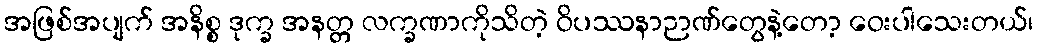
အဖြစ်အပျက် အနိစ္စ ဒုက္ခ အနတ္တ လက္ခဏာကိုသိတဲ့ ဝိပဿနာဉာဏ်တွေနဲ့တော့ ဝေးပါသေးတယ်၊